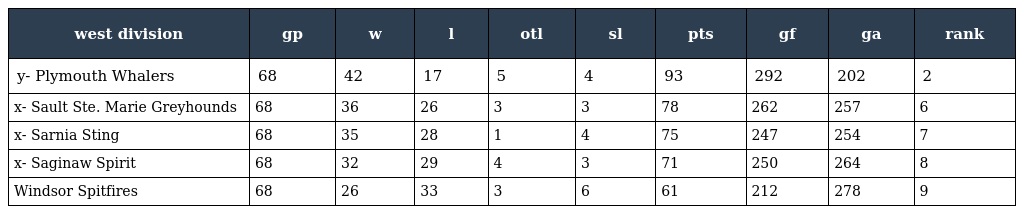
| west division | gp | w | l | otl | sl | pts | gf | ga | rank |
 | --- | --- | --- | --- | --- | --- | --- | --- | --- | --- |
 | y- Plymouth Whalers | 68 | 42 | 17 | 5 | 4 | 93 | 292 | 202 | 2 |
 | x- Sault Ste. Marie Greyhounds | 68 | 36 | 26 | 3 | 3 | 78 | 262 | 257 | 6 |
 | x- Sarnia Sting | 68 | 35 | 28 | 1 | 4 | 75 | 247 | 254 | 7 |
 | x- Saginaw Spirit | 68 | 32 | 29 | 4 | 3 | 71 | 250 | 264 | 8 |
 | Windsor Spitfires | 68 | 26 | 33 | 3 | 6 | 61 | 212 | 278 | 9 |